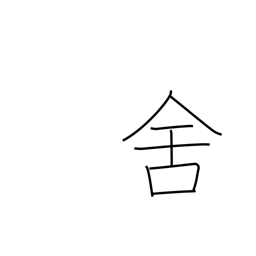
Meaning: inn